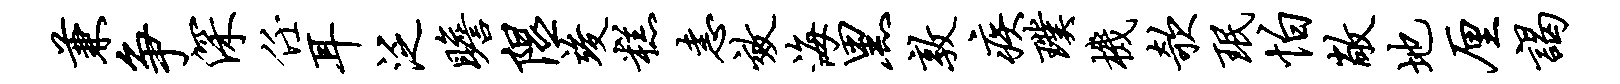
兼争深任耳泛瞻隰竣糕恚效海黑敦疾璞机欹珉怕敞地厘谒